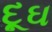
દૂઘ